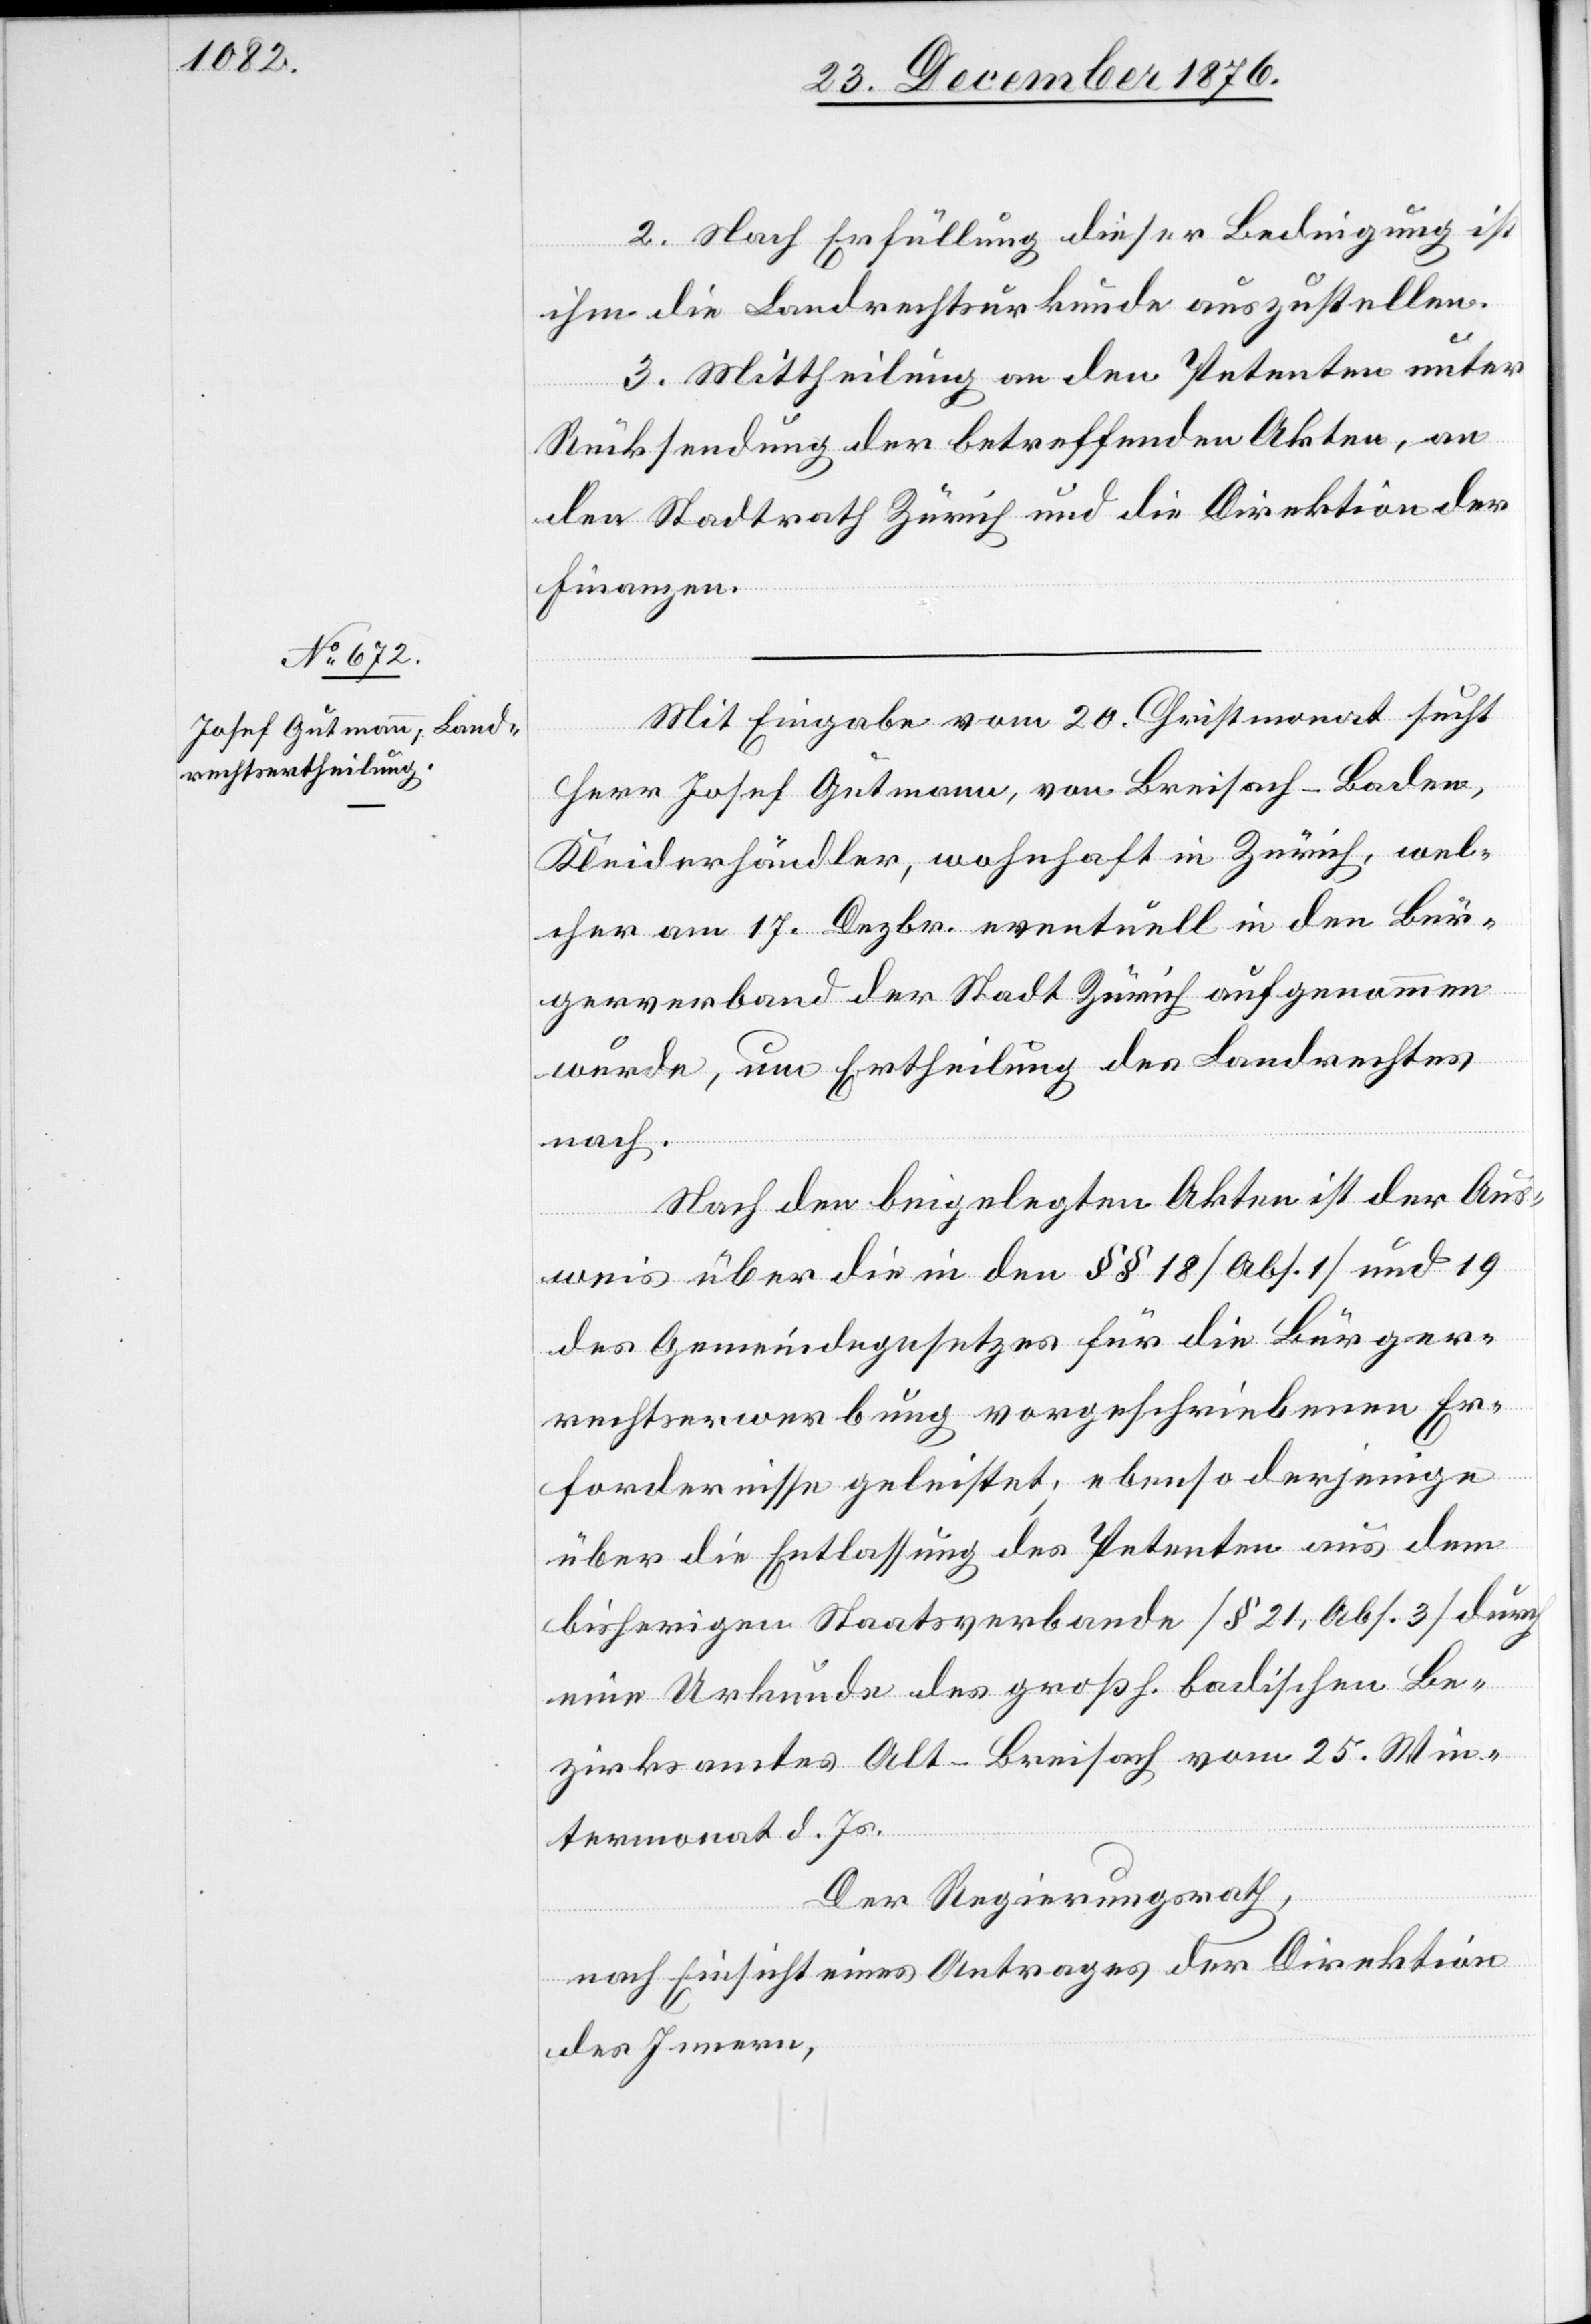
2. Nach Erfüllung dieser Bedingung ist
ihm die Landrechtsurkunde auszustellen.
3. Mittheilung an den Petenten unter
Rücksendung der betreffenden Akten, an
den Stadtrath Zürich und die Direktion der
Finanzen.
Mit Eingabe vom 20. Christmonat sucht
Herr Josef Gutmann, von Breisach - Baden,
Kleiderhändler, wohnhaft in Zürich, wel¬
cher am 17. Dezbr. eventuell in den Bür¬
gerverband der Stadt Zürich aufgenommen
wurde, um Ertheilung des Landrechtes
nach.
Nach den beigelegten Akten ist der Aus¬
weis über die in den §§ 18 [Abs. 1] und 19
des Gemeindegesetzes für die Bürger¬
rechtserwerbung vorgeschriebenen Er¬
fordernisse geleistet; ebenso derjenige
über die Entlassung des Petenten aus dem
bisherigen Staatsverbande [§ 21, Abs. 3] durch
eine Urkunde des großh. badischen Be¬
zirksamtes Alt-Breisach vom 25. Win¬
termonat d. Js.
Der Regierungsrath,
nach Einsicht eines Antrages der Direktion
des Innern,